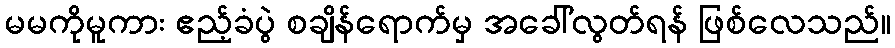
မမကိုမူကား ဧည့်ခံပွဲ စချိန်ရောက်မှ အခေါ်လွတ်ရန် ဖြစ်လေသည်။